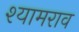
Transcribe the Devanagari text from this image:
श्‍यामराव